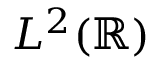
L ^ { 2 } ( \mathbb { R } )